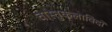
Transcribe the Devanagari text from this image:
वास्तुकलाविदों